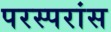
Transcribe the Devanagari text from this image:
परस्परांस